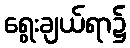
ရွေးချယ်ရာ၌